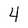
Character: 4